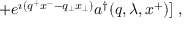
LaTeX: \; + e ^ { \imath ( q ^ { + } x ^ { - } - q _ { \perp } x _ { \perp } ) } a ^ { \dagger } ( q , \lambda , x ^ { + } ) ] \; ,